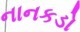
નાનકડો